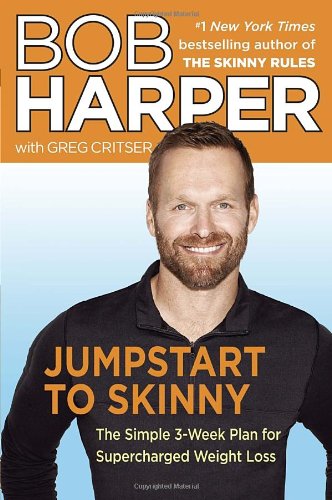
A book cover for Jumpstart to Skinny: The Simple 3-Week Plan for Supercharged Weight Loss (Skinny Rules); Bob Harper; Health, Fitness & Dieting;